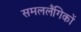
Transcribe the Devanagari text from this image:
समललैंगिकों